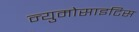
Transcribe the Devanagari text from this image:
न्युमोसाइटिस